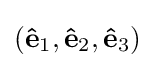
(\mathbf {\hat {e}} _{1},\mathbf {\hat {e}} _{2},\mathbf {\hat {e}} _{3})